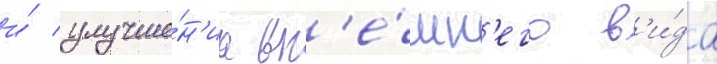
и́ улучше́н'иа вн'е́шн'его в'и́да